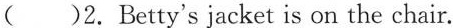
( )2.Betty's jacket is on the chair.